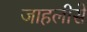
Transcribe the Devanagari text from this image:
जाहलीसे